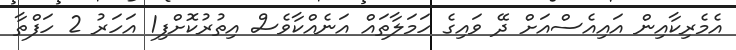
އެެމެރިކާއިން އައިއެސްއަށް ދޭ ވައިގެ ހަމަލާތައް އަނެއްކާވެސް އިތުރުކޮށްފި1 އަހަރު 2 ހަފްތާ